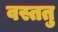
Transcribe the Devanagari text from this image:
वस्ततु